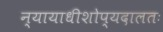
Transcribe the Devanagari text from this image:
न्यायाधीशोप्यदालतः